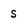
Character: s